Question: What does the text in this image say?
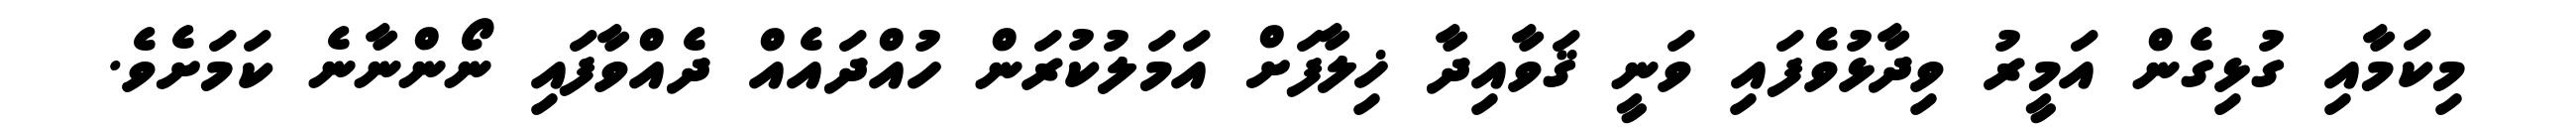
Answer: މިކަމާއި ގުޅިގެން އަމީރު ވިދާޅުވެފައި ވަނީ ޤަވާއިދާ ޚިލާފަށް އަމަލުކުރަން ހުއްދައެއް ދެއްވާފައި ނޯންނާނެ ކަމަށެވެ.